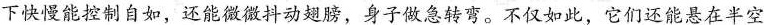
下快慢能控制自如，还能微微抖动翅膀，身子做急转弯。不仅如此，它们还能悬在半空